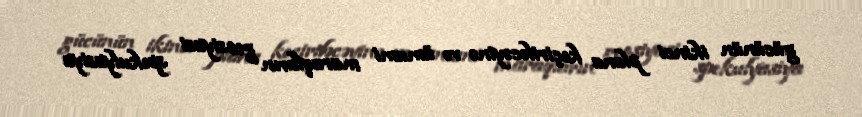
gücünün ikinci plana keçiriləcəyinə və ümumi maraqların geosiyasi spekulyasiya